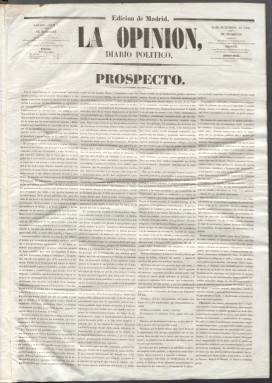
Título: La Opinión (Madrid. 1846)
Colección: Periódicos anteriores a 1850
Ámbito geográfico: Madrid
Lugar de publicación: Madrid
Fechas: 01/01/1846-17/04/1847